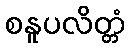
စနူပလိတ္တံ